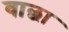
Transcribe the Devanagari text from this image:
वाछा